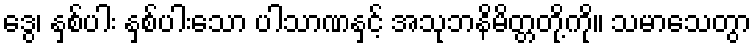
ဒွေ၊ နှစ်ပါး နှစ်ပါးသော ပါသာဏနှင့် အသုဘနိမိတ္တတို့ကို။ သမာသေတွာ